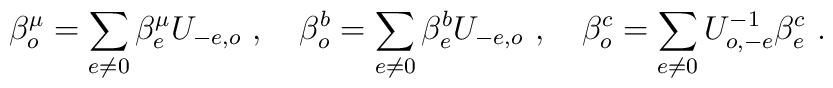
\beta _{o}^{\mu }=\sum_{e\neq 0}\beta _{e}^{\mu }U_{-e,o}\,\,,\quad\beta_{o}^{b}=\sum_{e\neq 0}\beta _{e}^{b}U_{-e,o}\,\,,\quad\beta_{o}^{c}=\sum_{e\neq 0}U_{o,-e}^{-1}\beta _{e}^{c}\,\,.